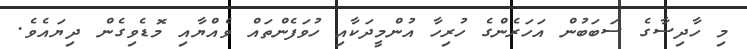
މި ހާދިސާގެ ސަބަބުން އަހަރެންގެ ހުރިހާ އުންމީދަކާއި ހުވަފެންތައް ވެއްޔާއި މޮޑެވިގެން ދިޔައެވެ.